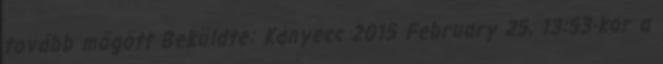
tovább mögött Beküldte: Kanyecc 2015 February 25, 13:53-kor a